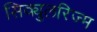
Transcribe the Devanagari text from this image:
सिक्युलरिज्म